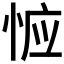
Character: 𰑦